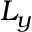
L _ { y }